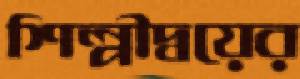
শিল্পীদ্বয়ের